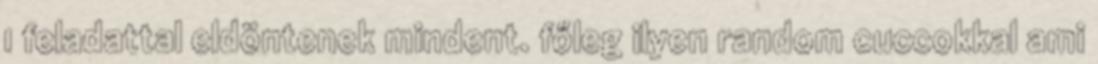
1 feladattal eldöntenek mindent. főleg ilyen random cuccokkal ami